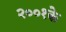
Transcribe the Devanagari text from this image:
२००१के